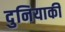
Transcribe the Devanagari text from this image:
दुनियाकी